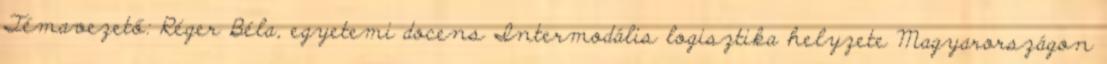
Témavezető: Réger Béla, egyetemi docens Intermodális logisztika helyzete Magyarországon